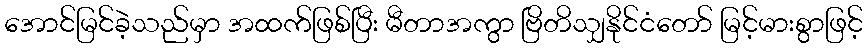
အောင်မြင်ခဲ့သည်မှာ အထက်ဖြစ်ပြီး မီတာအကွာ ဗြိတိသျှနိုင်ငံတော် မြင့်မားစွာဖြင့်